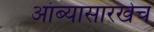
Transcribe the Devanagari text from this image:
आंब्यासारखेच